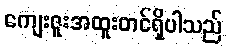
ကျေးဇူးအထူးတင်ရှိပါသည်